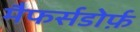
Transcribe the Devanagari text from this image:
मैफर्सडोर्फ़